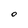
Character: O